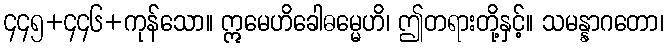
၄၄၅+၄၄၆+ကုန်သော။ ဣမေဟိခေါဓမ္မေဟိ၊ ဤတရားတို့နှင့်။ သမန္နာဂတော၊